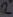
Text: 2